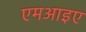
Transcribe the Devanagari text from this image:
एमआइए